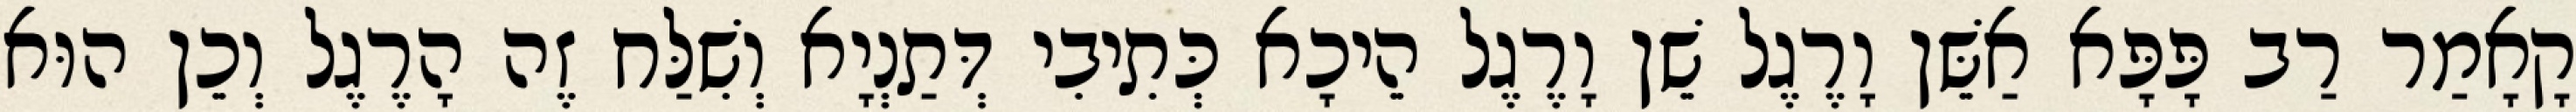
קָאָמַר רַב פָּפָּא אַשֵּׁן וָרֶגֶל שֵׁן וָרֶגֶל הֵיכָא כְּתִיבִי דְּתַנְיָא וְשִׁלַּח זֶה הָרֶגֶל וְכֵן הוּא